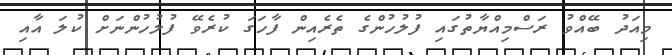
މިއަދު ބޭއްވު ރަސްމިއްޔާތުގައި ފުލުހުންގެ ތެރެއިން ފާހަގަ ކުރެވޭ ފުލުހުންނަށް ކުލަ އާއި